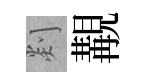
剡覯